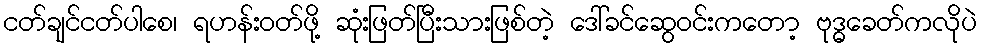
ငတ်ချင်ငတ်ပါစေ၊ ရဟန်းဝတ်ဖို့ ဆုံးဖြတ်ပြီးသားဖြစ်တဲ့ ဒေါ်ခင်ဆွေဝင်းကတော့ ဗုဒ္ဓခေတ်ကလိုပဲ